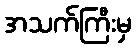
အသက်ကြီးမှ